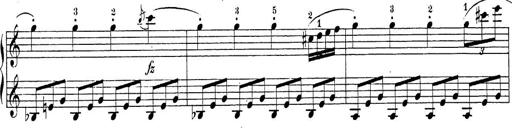
Title: Sonatina Album
Composer: Louis KÃ¶hler